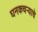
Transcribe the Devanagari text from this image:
घनकचर्‍याचे